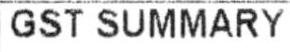
GST SUMMARY